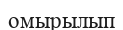
омырылып